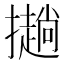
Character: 𢸋